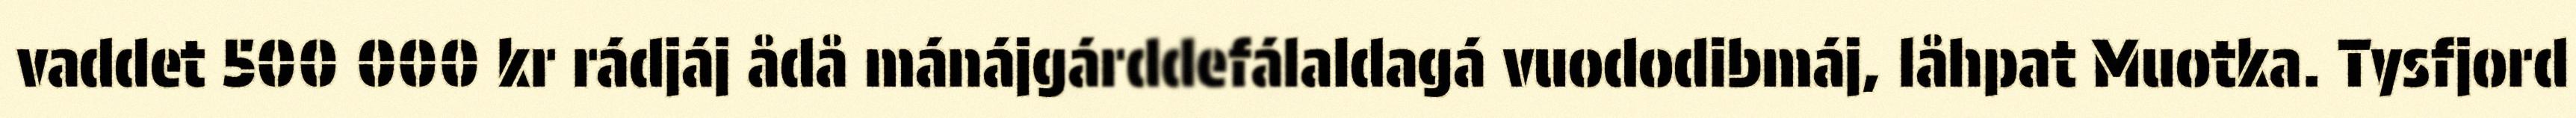
vaddet 500 000 kr rádjáj ådå mánájgárddefálaldagá vuododibmáj, låhpat Muotka. Tysfjord